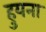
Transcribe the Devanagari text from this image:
हुयना